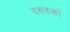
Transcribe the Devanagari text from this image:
दण्डकों